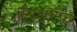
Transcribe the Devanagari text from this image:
ट्रिऑम्फ़